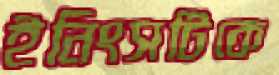
ইনিংসটিকে